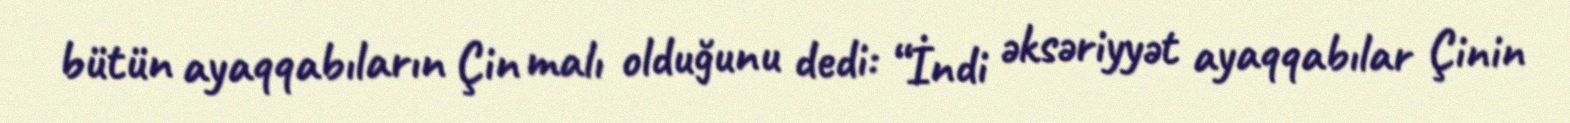
bütün ayaqqabıların Çin malı olduğunu dedi: “İndi əksəriyyət ayaqqabılar Çinin